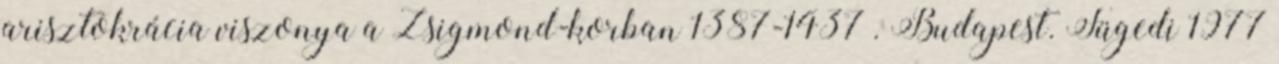
arisztokrácia viszonya a Zsigmond-korban 1387-1437 . Budapest. Fügedi 1977